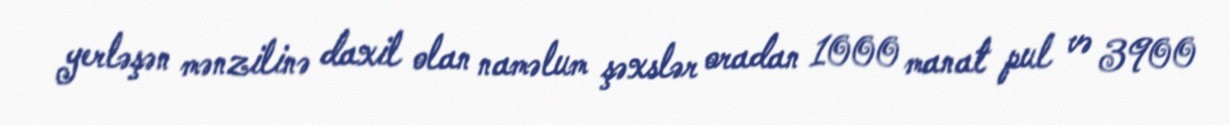
yerləşən mənzilinə daxil olan naməlum şəxslər oradan 1000 manat pul və 3900